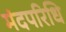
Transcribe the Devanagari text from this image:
मंदपरिधि